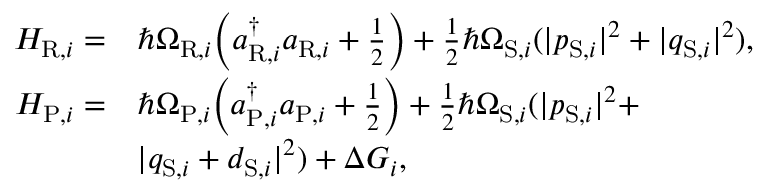
\begin{array} { r l r } { H _ { \mathrm { R } , i } = } & { \hbar \Omega _ { \mathrm { R } , i } \bigg ( a _ { \mathrm { R } , i } ^ { \dagger } a _ { \mathrm { R } , i } + \frac { 1 } { 2 } \bigg ) + \frac { 1 } { 2 } \hbar \Omega _ { \mathrm { S } , i } ( | p _ { \mathrm { S } , i } | ^ { 2 } + | q _ { \mathrm { S } , i } | ^ { 2 } ) , } & \\ { H _ { \mathrm { P } , i } = } & { \hbar \Omega _ { \mathrm { P } , i } \bigg ( a _ { \mathrm { P } , i } ^ { \dagger } a _ { \mathrm { P } , i } + \frac { 1 } { 2 } \bigg ) + \frac { 1 } { 2 } \hbar \Omega _ { \mathrm { S } , i } ( | p _ { \mathrm { S } , i } | ^ { 2 } + } & \\ & { | q _ { \mathrm { S } , i } + d _ { \mathrm { S } , i } | ^ { 2 } ) + \Delta G _ { i } , } & \end{array}